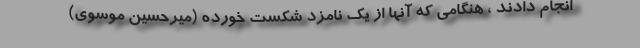
انجام دادند ، هنگامی که آنها از یک نامزد شکست خورده (میرحسین موسوی)